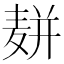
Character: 𱋔